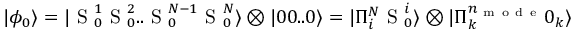
| \phi _ { 0 } \rangle = | \mathrm { ~ S ~ } _ { 0 } ^ { 1 } \mathrm { ~ S ~ } _ { 0 } ^ { 2 } . . \mathrm { ~ S ~ } _ { 0 } ^ { N - 1 } \mathrm { ~ S ~ } _ { 0 } ^ { N } \rangle \otimes | 0 0 . . 0 \rangle = | \Pi _ { i } ^ { N } \mathrm { ~ S ~ } _ { 0 } ^ { i } \rangle \otimes | \Pi _ { k } ^ { n _ { \mathrm { ~ m ~ o ~ d ~ e ~ } } } 0 _ { k } \rangle